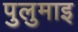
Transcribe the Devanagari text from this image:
पुलुमाइ